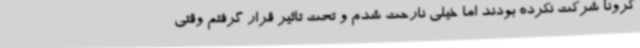
کرونا شرکت نکرده بودند اما خیلی نارحت شدم و تحت تاثیر قرار گرفتم وقتی